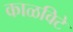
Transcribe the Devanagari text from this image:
काळविटे